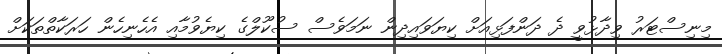
މިިނިސްޓަރު ވިދާޅުވީ ދެ ދަންފަޅިއަށް ކިޔަވައިދިން ނަމަވެސް ސުކޫލްގެ ކިޔެވުމާއި އެހެނިހެން ހަރަކާތްތަކަށް